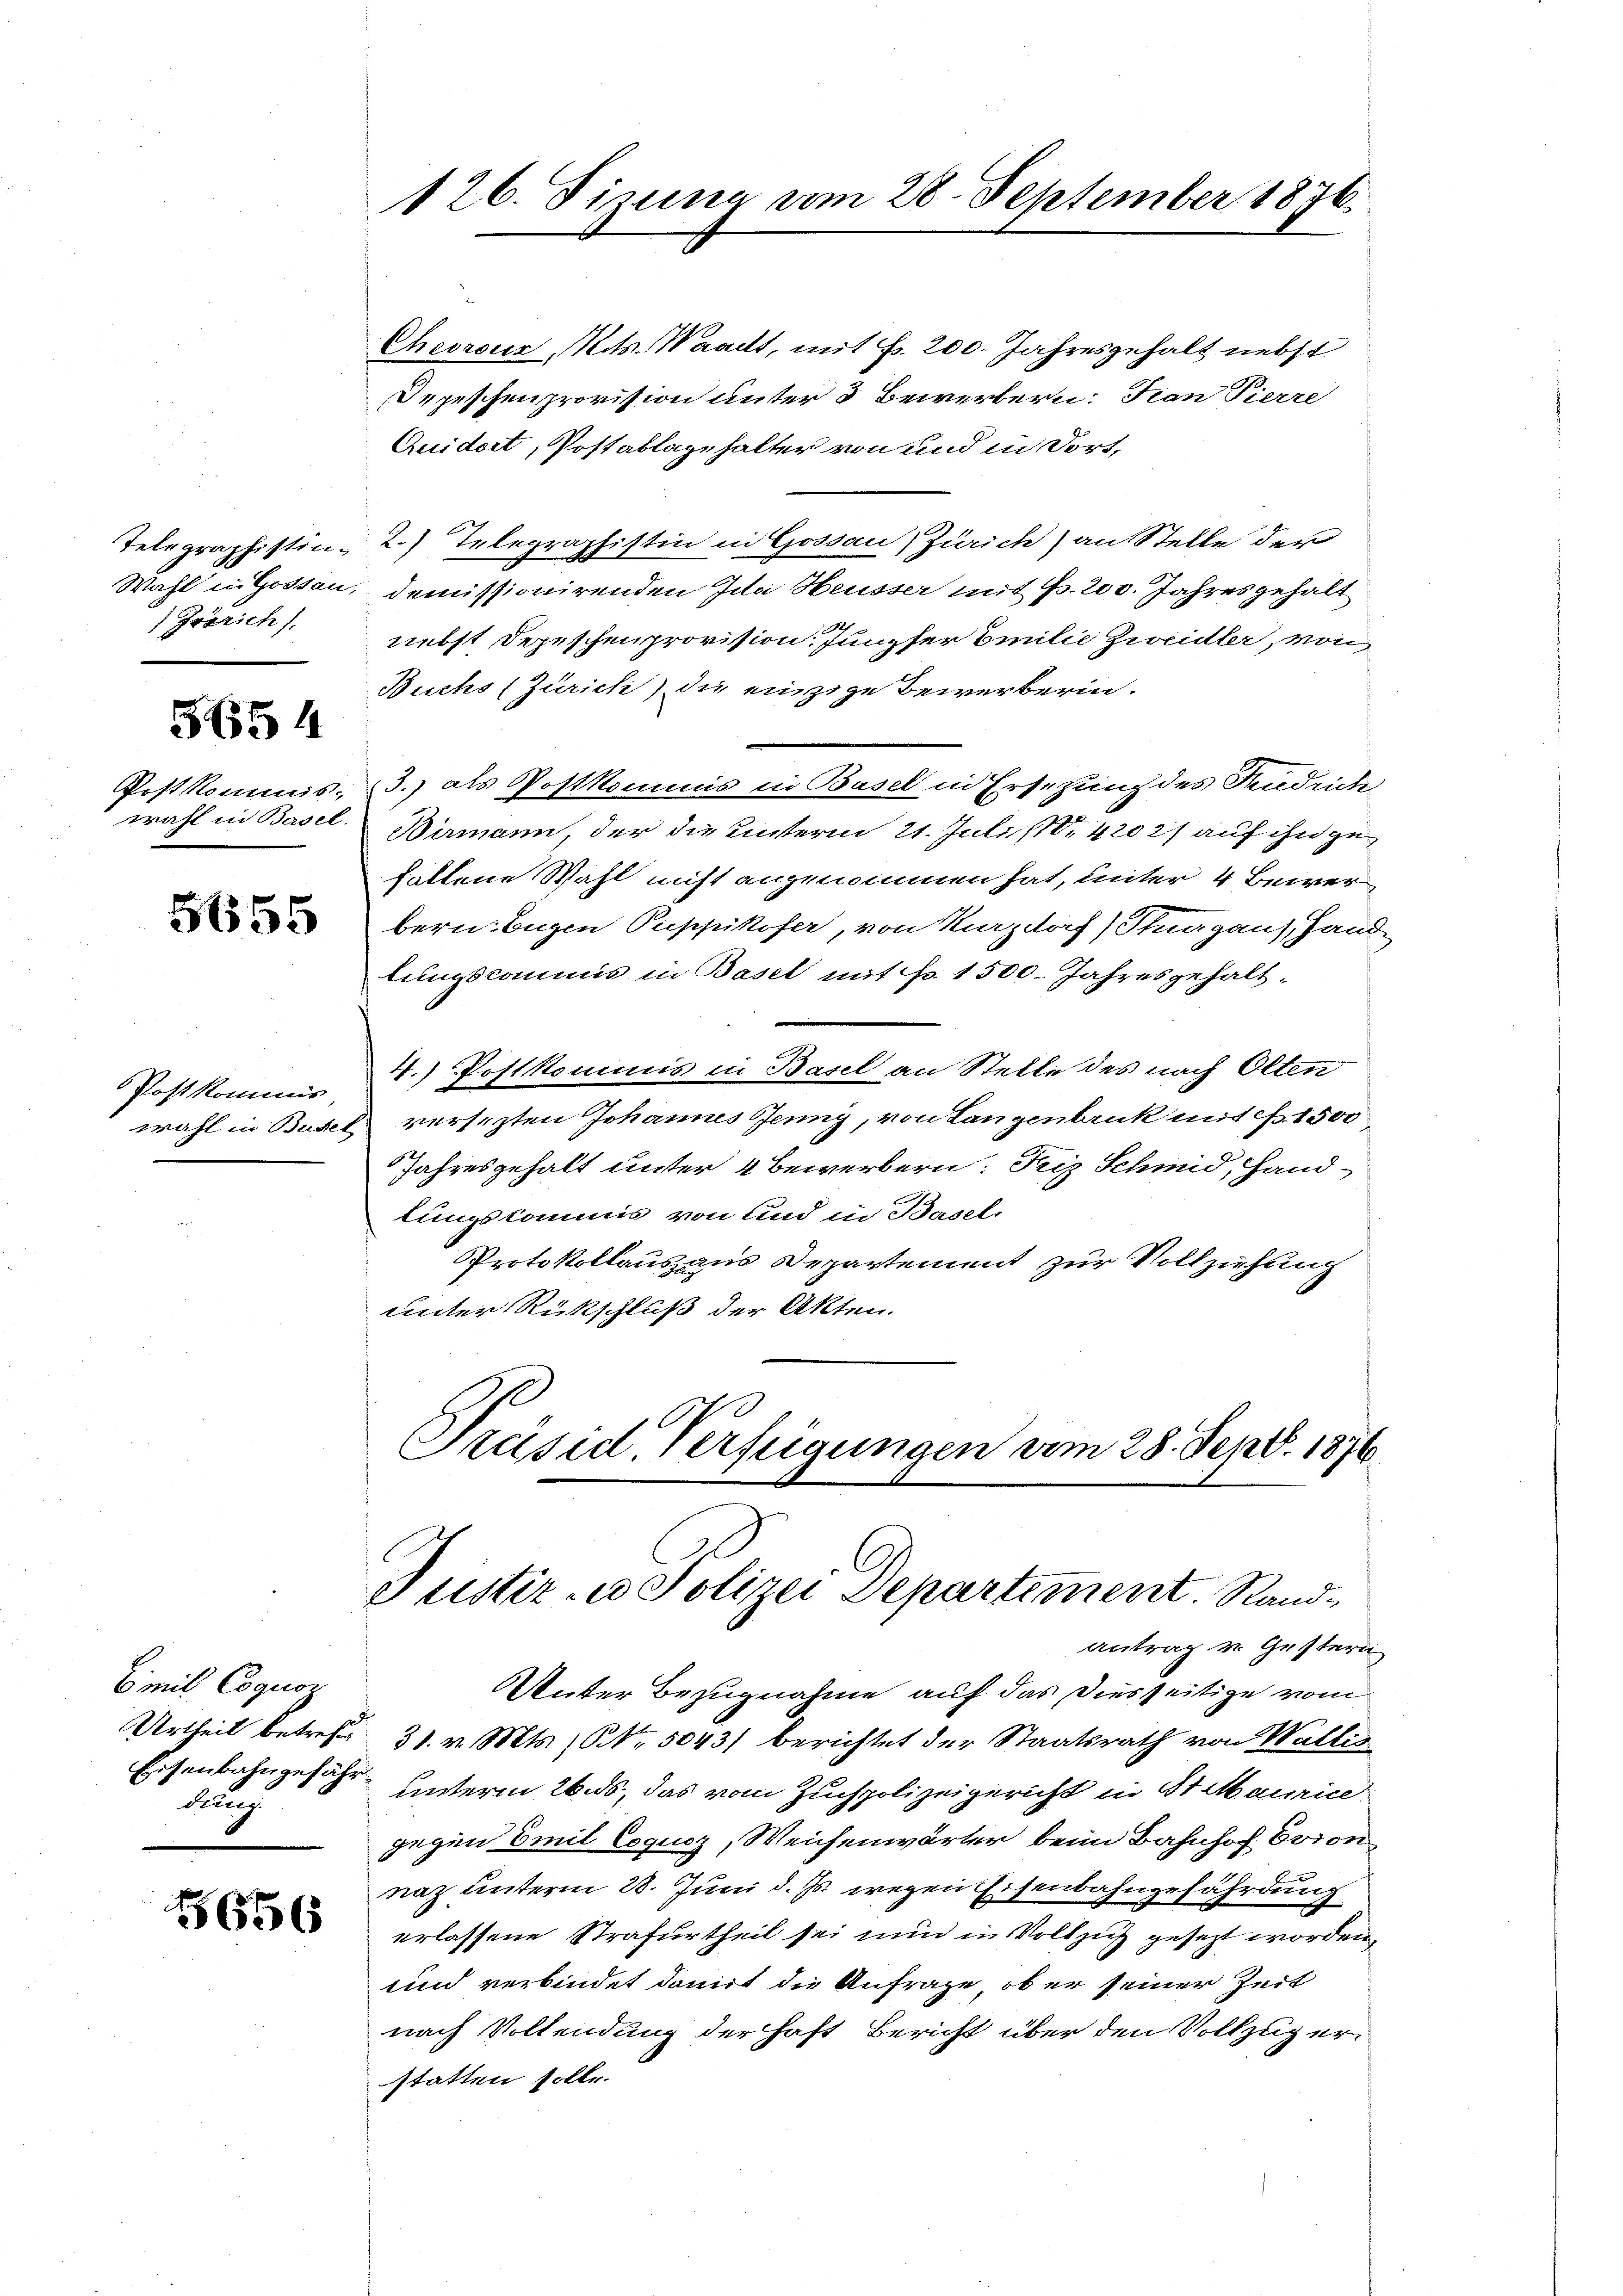
Grörich),

5654

Postkommis,

Emil Coquor
Urtheil betreffe
Dlug.

666

126. Sizung vom 28. September 1876.

Cheorsus Mits. Waadt, mit Fr. 200. Jahresgehalt nebst
Depeschenprovision unter 3 Bewerbern: Fran Pierre
Quidert, Postablagehalter von und in dort,
Telegraphistin - 2.) Telegraphistin in Gossau, Zürich) an Stelle der
Wahl in Hotten, demissionirenden Ida Heusser mit Fr. 200. Jahres gehalt
nebst Depeschenprovision. Jungfer Emilie Zweidler, von
Buchs (Zürich) die einzige Bewerberin.
Postkommis, 3.) als Postkommis in Basel in Ersezung des Riedrich-
wahl in Basel Birmann, der die unterm 21. Julis 420 21 auf ihn zufallene Wahl nicht angenommen hat, unter 4 Bewer
 bern: Eugen Puppikofer, von Marzdorf Stuargaus, Hand
lungscommis in Basel mit p. 1500. Jahresgehalt¬
4.) Postkommis in Basel an Stelle des nach Olten
wahl in Budel versezten Johannes Jenny, von Langenbruck mit Fr. 1500
Jahresgehalt unter 4 Bewerbern: Friz Schmid, Hand-
lungskommis von und in Basel
Protokollaus aus Departement zur Vollziehung
unter Rückschluß der Akten.
Präsid. Verfügungen vom 28. Sept. 1876

Justiz- u Polizei Departement. Rand¬

antrag v. Gestern
Unter Bezugnahme auf das Diesseitige vom
31. v. Mts. No. 5043) berichtet der Staatsrath von Wallis
Eisenbahngesehe unterm 26. ds., das vom Zuchpolizeigericht in St. Maurice
gegen Emil Coqucz, Weichenwärter beim Bahnhof Evion
u
naz unterm 28. Juni d. Js. wegen Eisenbahngefährdung
erlassene Strafurtheil sei nun in Vollzug gesezt worden,
und verbindet damit die Anfrage, ob er seiner Zeit
nach Vollendung der Haft Bericht über den Vollzug erstatten solle.